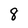
Character: 8